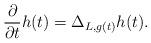
LaTeX: \begin{align*} \frac{\partial}{\partial t} h(t) = \Delta_{L,g(t)} h(t). \end{align*}